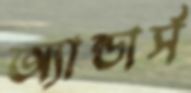
অ্যান্ডার্স